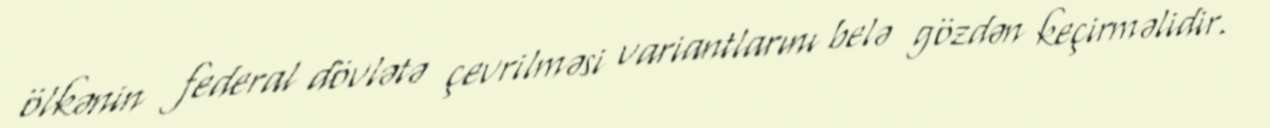
ölkənin federal dövlətə çevrilməsi variantlarını belə gözdən keçirməlidir.